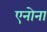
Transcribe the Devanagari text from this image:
एनोना